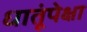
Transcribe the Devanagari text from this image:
धातूंपेक्षा